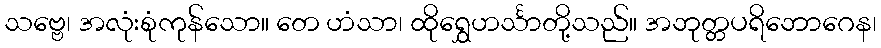
သဗ္ဗေ၊ အလုံးစုံကုန်သော။ တေ ဟံသာ၊ ထိုရွှေဟင်္သာတို့သည်။ အဘုတ္တပရိဘောဂေန၊